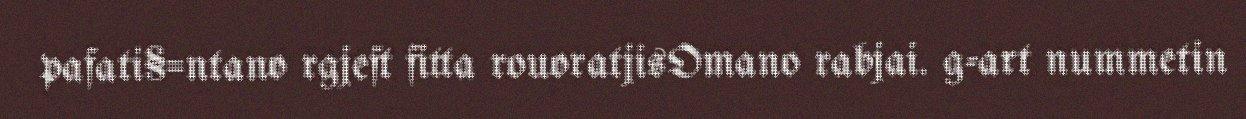
pafati§=ntano rgjeft fitta rouoratjisOmano rabjai. g-art nummetin